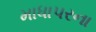
માધાપરના